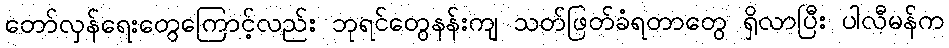
တော်လှန်ရေးတွေကြောင့်လည်း ဘုရင်တွေနန်းကျ သတ်ဖြတ်ခံရတာတွေ ရှိလာပြီး ပါလီမန်က